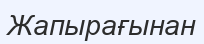
Жапырағынан